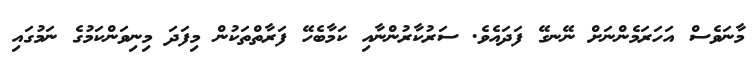
މާނަވެސް އަހަރަމެންނަށް ނޭނގޭ ފަދައެވެ. ސަރުކާރުންނާއި ކަމާބެހޭ ފަރާތްތަކުން މިފަދަ މިނިވަންކަމުގެ ނަމުގައި